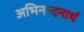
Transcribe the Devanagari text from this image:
अभिनन्दनार्थ